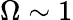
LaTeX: \Omega\sim 1